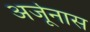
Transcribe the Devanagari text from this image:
अर्जूनास